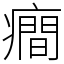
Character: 癎